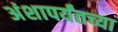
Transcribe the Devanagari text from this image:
अंशापर्यंतच्या